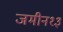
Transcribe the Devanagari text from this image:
जमीन१३